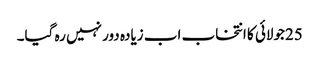
25جولائی کا انتخاب اب زیادہ دور نہیں رہ گیا۔